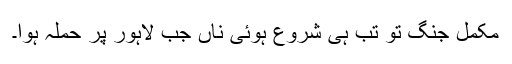
مکمل جنگ تو تب ہی شروع ہوئی ناں جب لاہور پر حملہ ہوا۔